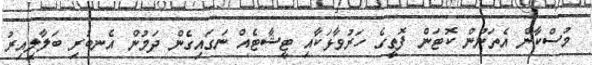
މުސްކާން އެތަނުން ކޮޓަން ފޮތީގެ ހަރުވާޅަކާއި ޓީޝާޓެއް ނަގައިގެން ދަމުން އެނބުރި ބަލާލިއިރު